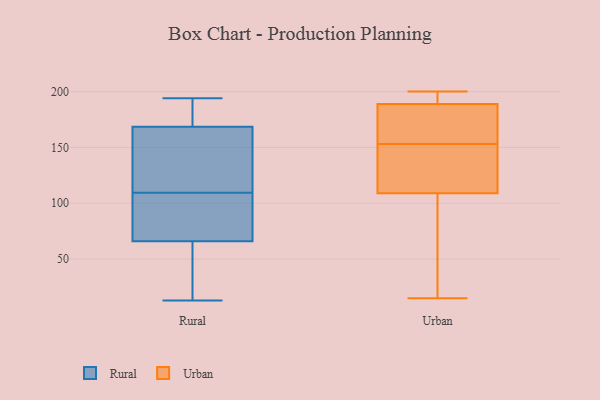
{"axis": {"x": "Bounce Rate (%)", "y": "Value"}, "legend": ["Rural", "Urban"], "data": [{"x": "", "y": 106, "type": "Rural"}, {"x": "", "y": 33, "type": "Rural"}, {"x": "", "y": 176, "type": "Rural"}, {"x": "", "y": 163, "type": "Rural"}, {"x": "", "y": 60, "type": "Rural"}, {"x": "", "y": 113, "type": "Rural"}, {"x": "", "y": 113, "type": "Rural"}, {"x": "", "y": 194, "type": "Rural"}, {"x": "", "y": 44, "type": "Rural"}, {"x": "", "y": 79, "type": "Rural"}, {"x": "", "y": 95, "type": "Rural"}, {"x": "", "y": 176, "type": "Rural"}, {"x": "", "y": 72, "type": "Rural"}, {"x": "", "y": 13, "type": "Rural"}, {"x": "", "y": 49, "type": "Rural"}, {"x": "", "y": 119, "type": "Rural"}, {"x": "", "y": 84, "type": "Rural"}, {"x": "", "y": 122, "type": "Rural"}, {"x": "", "y": 189, "type": "Rural"}, {"x": "", "y": 174, "type": "Rural"}, {"x": "", "y": 129, "type": "Urban"}, {"x": "", "y": 46, "type": "Urban"}, {"x": "", "y": 130, "type": "Urban"}, {"x": "", "y": 175, "type": "Urban"}, {"x": "", "y": 153, "type": "Urban"}, {"x": "", "y": 120, "type": "Urban"}, {"x": "", "y": 198, "type": "Urban"}, {"x": "", "y": 190, "type": "Urban"}, {"x": "", "y": 43, "type": "Urban"}, {"x": "", "y": 75, "type": "Urban"}, {"x": "", "y": 189, "type": "Urban"}, {"x": "", "y": 159, "type": "Urban"}, {"x": "", "y": 200, "type": "Urban"}, {"x": "", "y": 153, "type": "Urban"}, {"x": "", "y": 200, "type": "Urban"}, {"x": "", "y": 15, "type": "Urban"}, {"x": "", "y": 109, "type": "Urban"}, {"x": "", "y": 174, "type": "Urban"}]}